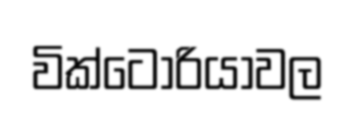
වික්ටෝරියාවල